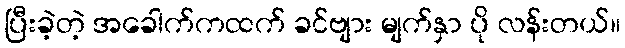
ပြီးခဲ့တဲ့ အခေါက်ကထက် ခင်ဗျား မျက်နှာ ပို လန်းတယ်။